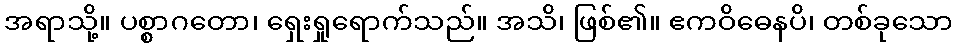
အရာသို့။ ပစ္စာဂတော၊ ရှေးရှုရောက်သည်။ အသိ၊ ဖြစ်၏။ ဧကဝိဓေနပိ၊ တစ်ခုသော